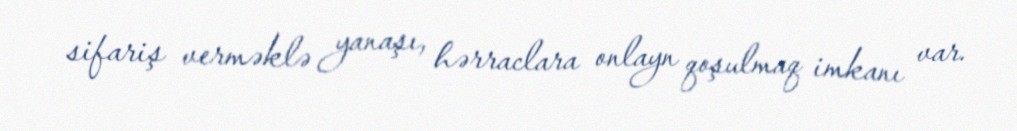
sifariş verməklə yanaşı, hərraclara onlayn qoşulmaq imkanı var.